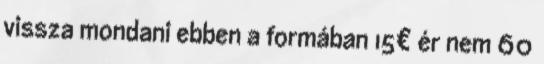
vissza mondani ebben a formában 15€ ér nem 60